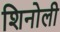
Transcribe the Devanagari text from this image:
शिनोली